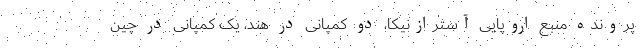
پرونده منبع اروپایی آسترازنیکا، دو کمپانی در هند، یک کمپانی در چین